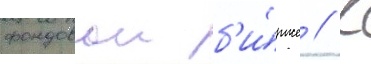
фондовои б'и́рже // К